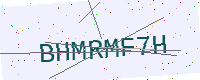
Text: BHMRMF7H